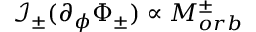
\mathcal { I } _ { \pm } ( \partial _ { \phi } \Phi _ { \pm } ) \propto M _ { o r b } ^ { \pm }